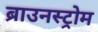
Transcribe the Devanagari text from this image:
ब्राउनस्ट्रोम